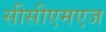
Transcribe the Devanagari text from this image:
सीसीएमएज